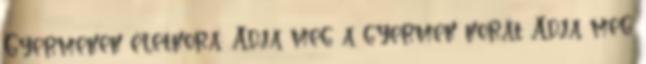
Gyermekek életkora: Adja meg a gyermek korát Adja meg